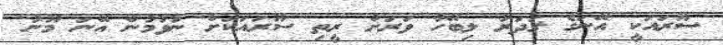
ސޫރައަކީ އޭނަގެ ޤަދަރު ލިބޭހާ ވަރަށް ރީތި ސޫރައަކަށް ނުވުމުން އޭނަ މޫނު